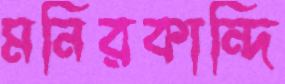
মনিরকান্দি